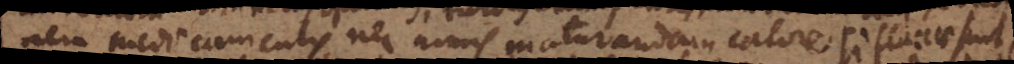
nem medicamentis nec nimis maturandam calore si flaccae sint,